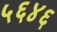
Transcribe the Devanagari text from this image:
५६४६